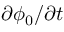
\partial \phi _ { 0 } / \partial t